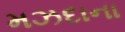
મઝદાના